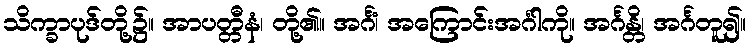
သိက္ခာပုဒ်တို့၌။ အာပတ္တီနံ၊ တို့၏။ အင်္ဂံ၊ အကြောင်းအင်္ဂါကို။ အင်္ဂန္တိ၊ အင်္ဂတူ၍။